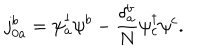
j _ { 0 a } ^ { b } = \psi _ { a } ^ { \dagger } \psi ^ { b } - \frac { \delta _ { a } ^ { b } } { N } \psi _ { c } ^ { \dagger } \psi ^ { c } .